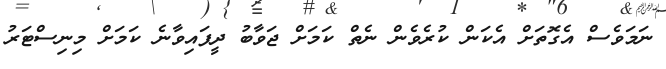
ނަމަވެސް އެގޮތަށް އެކަން ކުރެވެން ނެތް ކަމަށް ޖަވާބު ދީފައިވާނެ ކަމަށް މިނިސްޓަރު